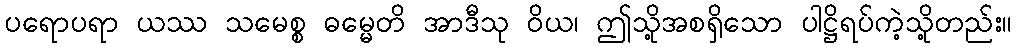
ပရောပရာ ယဿ သမေစ္စ ဓမ္မေတိ အာဒီသု ဝိယ၊ ဤသို့အစရှိသော ပါဋ္ဌိရပ်ကဲ့သို့တည်း။